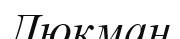
Люкман